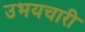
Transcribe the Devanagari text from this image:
उभयचारी